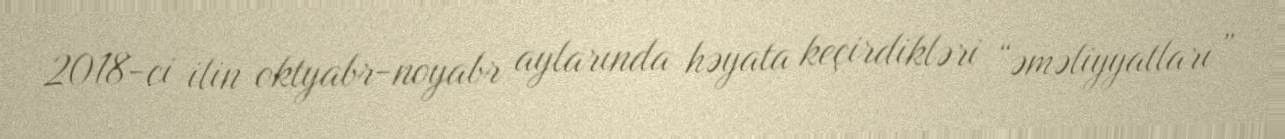
2018-ci ilin oktyabr-noyabr aylarında həyata keçirdikləri “əməliyyatları”